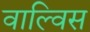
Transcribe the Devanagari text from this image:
वाल्विस